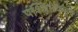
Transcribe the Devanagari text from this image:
पश्‍चिमेकडून